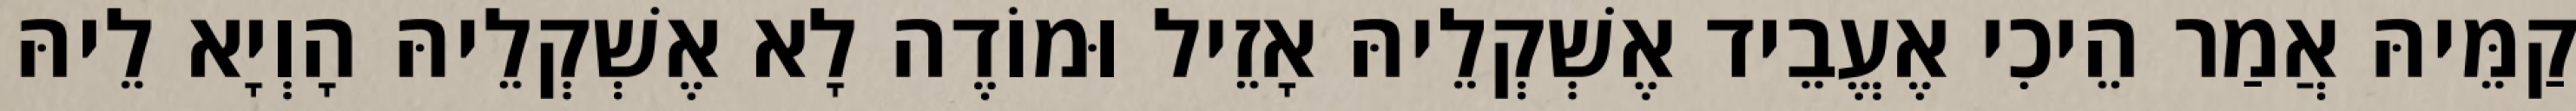
קַמֵּיהּ אֲמַר הֵיכִי אֶעֱבֵיד אֶשְׁקְלֵיהּ אָזֵיל וּמוֹדֶה לָא אֶשְׁקְלֵיהּ הָוְיָא לֵיהּ